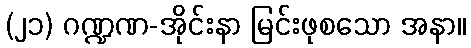
(၂၁) ဂဏ္ဍဏ-အိုင်းနာ မြင်းဖုစသော အနာ။